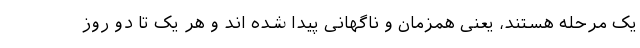
یک مرحله هستند، یعنی همزمان و ناگهانی پیدا شده اند و هر یک تا دو روز